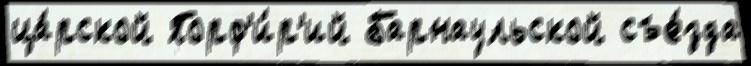
ца́рской Порф'и́р'ий Барнаульской съе́зда